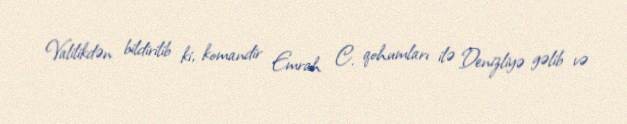
Valilikdən bildirilib ki, komandir Emrah C. qohumları ilə Denizliyə gəlib və